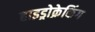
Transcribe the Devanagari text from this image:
हाइड्रोक्रेकिंग